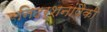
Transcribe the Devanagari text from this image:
निदर्शनांपैकी